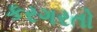
કરગરતો